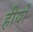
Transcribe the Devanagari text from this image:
हीर्यों